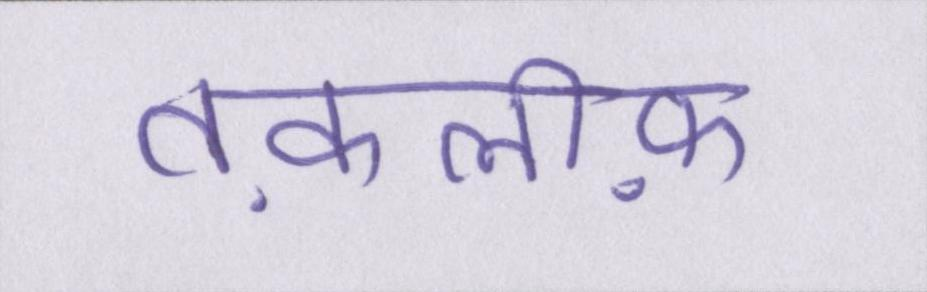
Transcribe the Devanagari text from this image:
तक़लीफ़